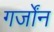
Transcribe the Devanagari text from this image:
गर्जोंन